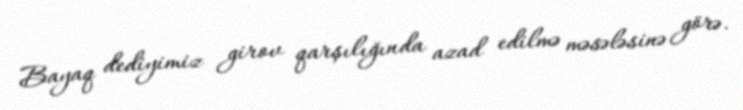
Bayaq dediyimiz girov qarşılığında azad edilmə məsələsinə görə.